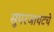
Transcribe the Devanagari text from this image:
सुपरजायंटचे